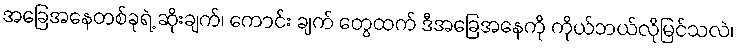
အခြေအနေတစ်ခုရဲ့ ဆိုးချက်၊ ကောင်း ချက် တွေထက် ဒီအခြေအနေကို ကိုယ်ဘယ်လိုမြင်သလဲ၊